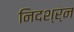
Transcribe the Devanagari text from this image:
निदश्र्न